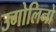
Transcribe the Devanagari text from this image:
उगोलिनो